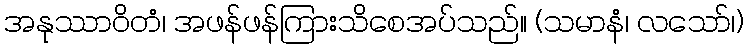
အနုဿာဝိတံ၊ အဖန်ဖန်ကြားသိစေအပ်သည်။ (သမာနံ၊ လသော်၊)